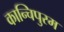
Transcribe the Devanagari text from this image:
कान्चिपुरम